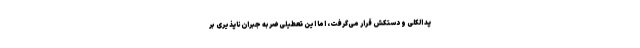
پد الکلی و دستکش قرار می‌گرفت، اما این تعطیلی ضربه جبران‌ناپذیری بر